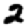
Digit: 2